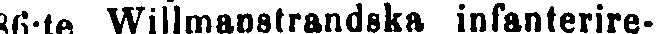
36:te Willmanstrandska infanterire-